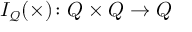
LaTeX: I _ { \mathcal { Q } } ( \times ) \colon Q \times Q \to Q